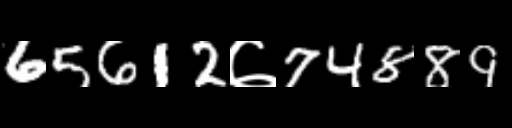
Text: 65612७74889